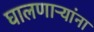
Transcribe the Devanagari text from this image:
घालणाऱ्यांना